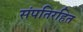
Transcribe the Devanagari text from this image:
संपतिरहित